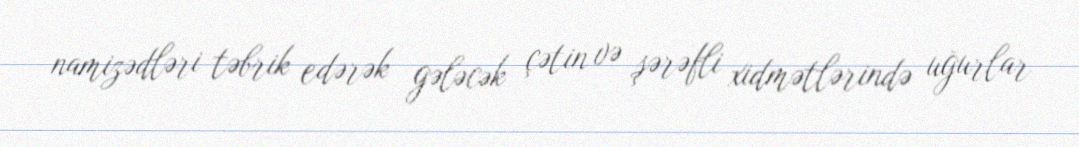
namizədləri təbrik edərək gələcək çətin və şərəfli xidmətlərində uğurlar